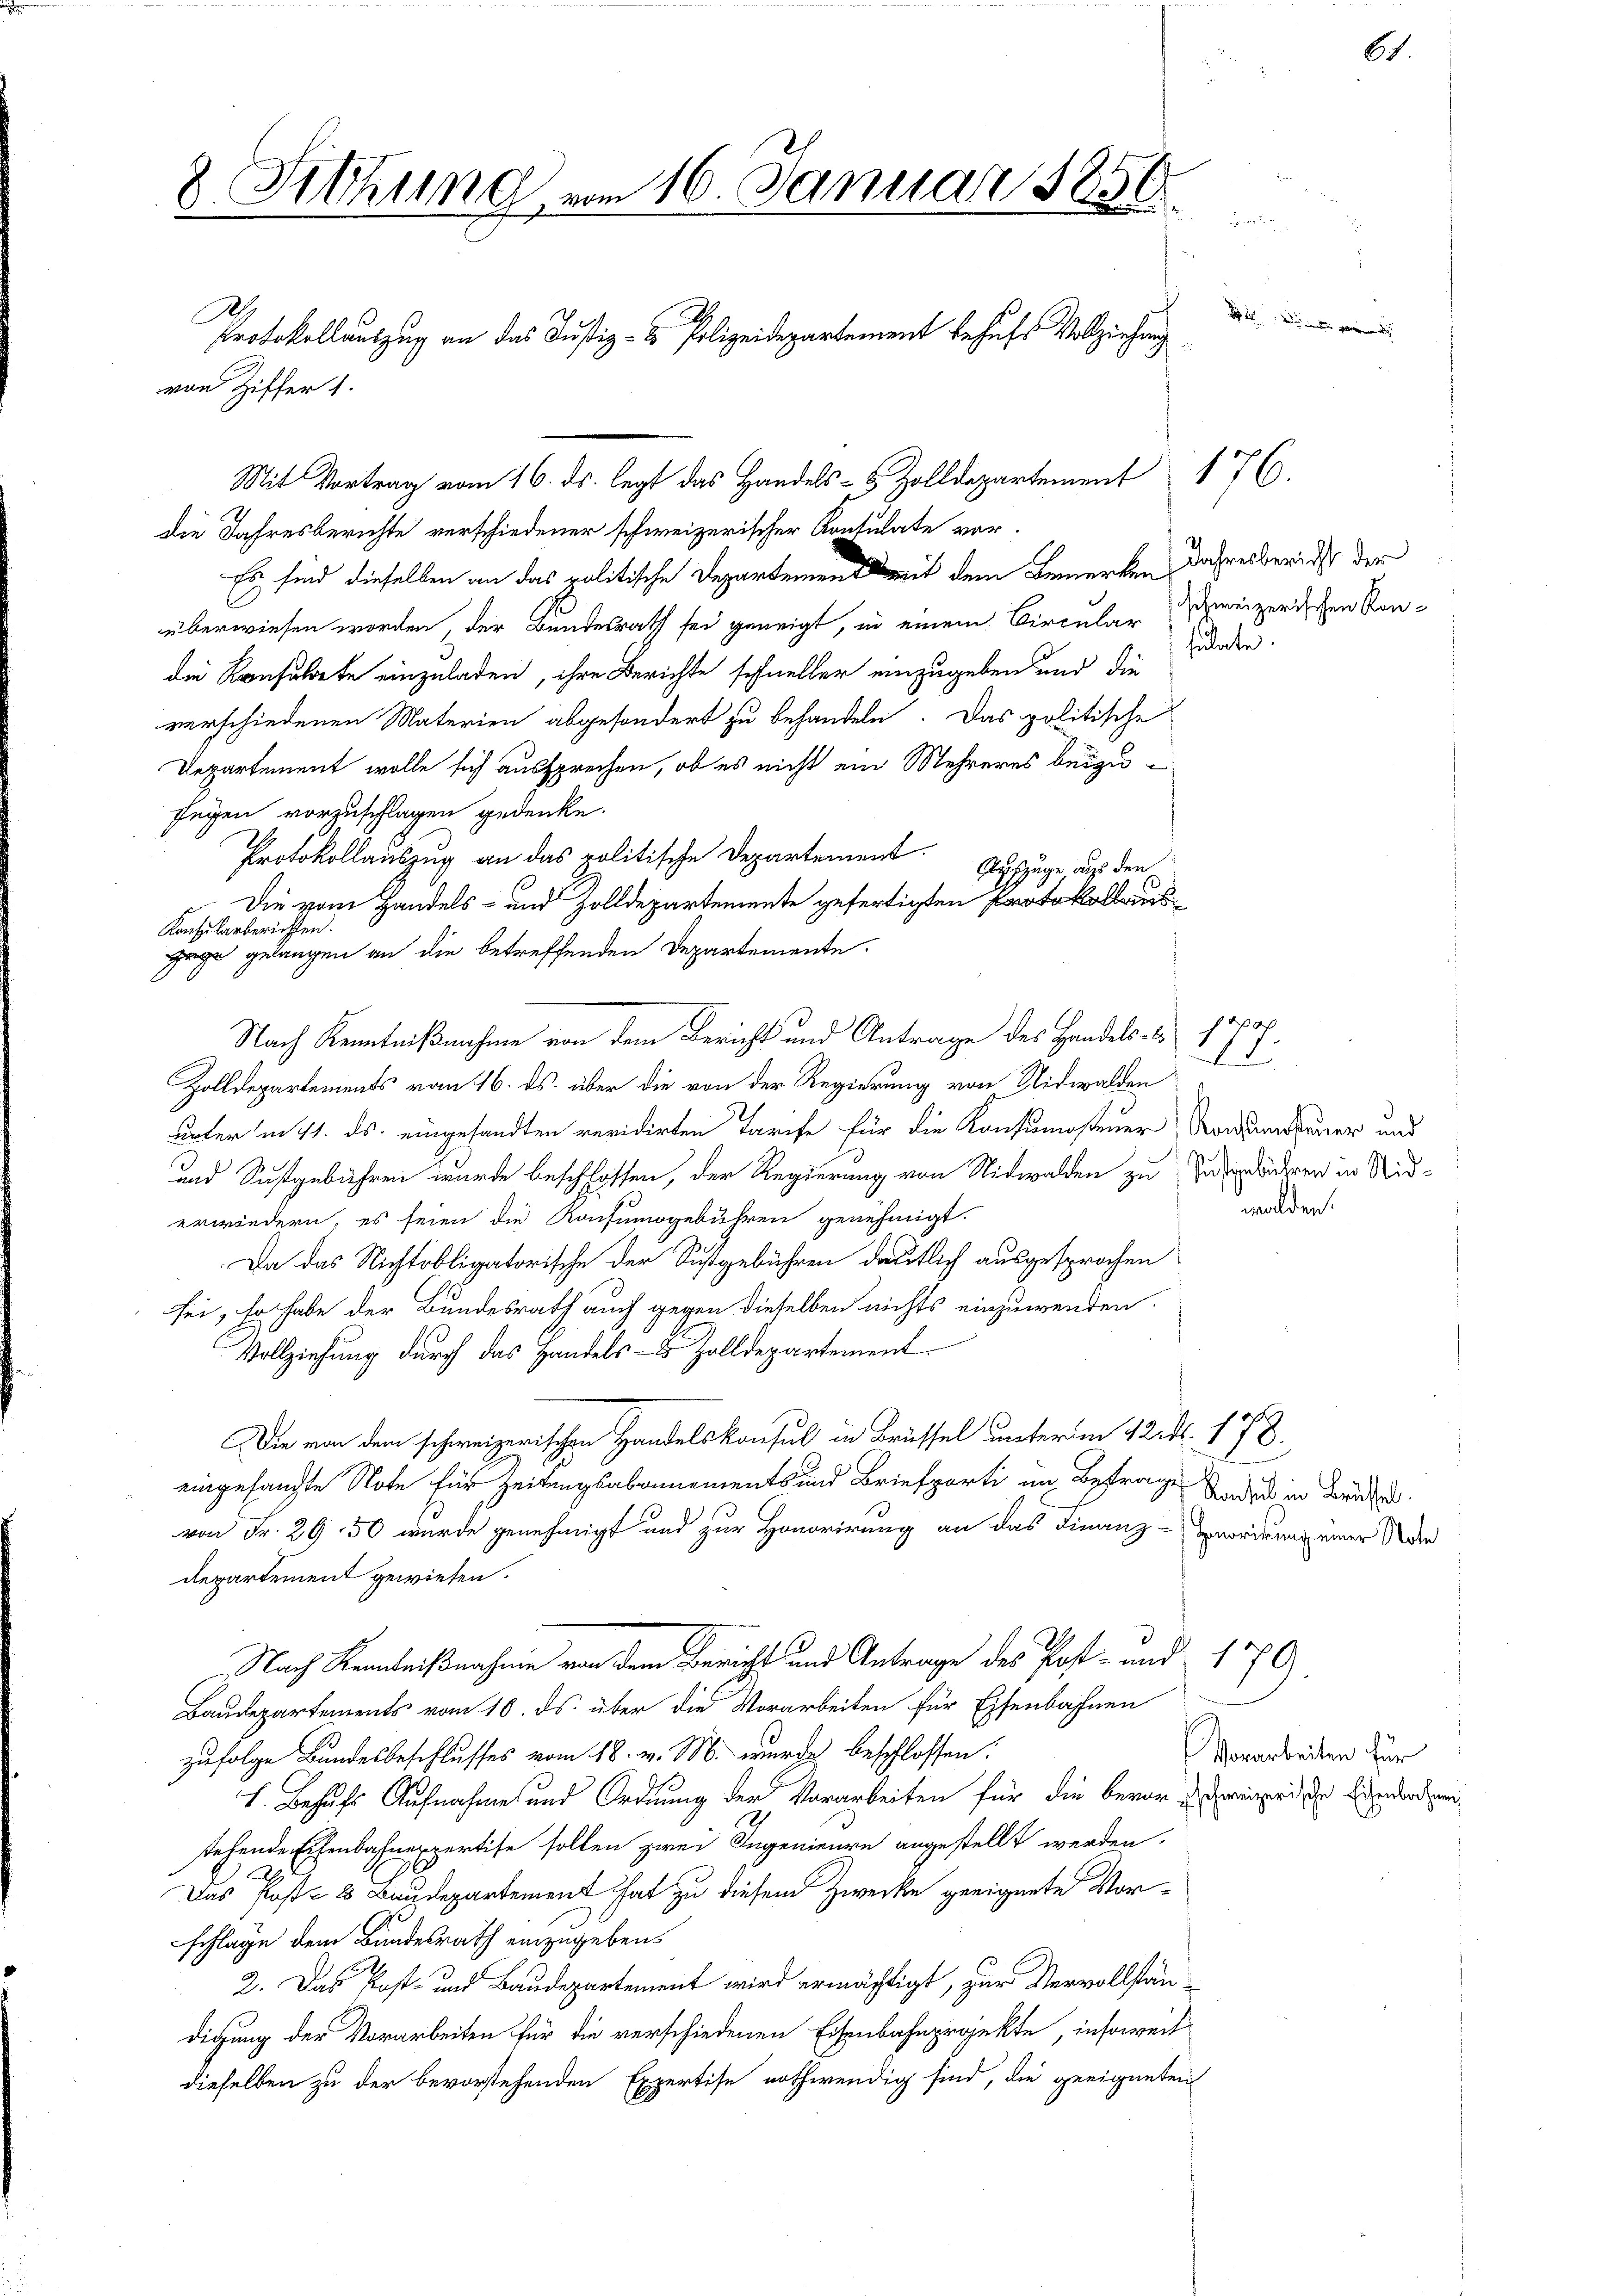
8 Sitzung vom 16. Januar 1856

A

von Ziffer 1.

Protokollauszug an das Justiz- & Polizeidepartement behufs Vollziehung

Mit Vortrag vom 16. ds. legt das Handels- & Zolldepartement
die Jahresberichte verschiedener schweizerischer Konsulate vor¬
Es sind dieselben an das politische Departemen mit dem Bemerken
überwiesen worden, der Bundesrath sei geneigt, in einem Circular
die Konsuldete einzuladen, ihre Berichte schneller einzugeben und die
verschiedenen Materien abgesondert zu behandeln. Das politische
Departement wolle sich aussprechen, ob es nicht ein Mehreres beizufegen vorzuschlagen gedenke.
Protokollauszug an das politische Departement
Auszüge aus den
Die vom Handels- und Zolldepartemente gefertigten Protokollaus
Konsularberichten.
gage gelangen an die betreffenden Departemente.
Zolldepartements vom 16. ds. über die von der Regierung von Nidwalden
unter in 11. ds. eingesandten revidirten Tarife für die Konsumostener Konsumsteuer und
und Sichgebühren wurde beschlossen, der Regierung von Nidwalden zu zu der in Niderwiedern, es seien die Konsumsgebühren genehmigt.
Da das Nichtobligatorische der Sustgebühren deutlich ausgesprochen
sei, so habe der Bundesrath auch gegen dieselben nichts einzuwenden.
Vollziehung durch das Handels- & Zolldepartement
Die von dem schweizerischen Handelskonsul in Brüssel unterm 12. d. 178
eingesangte Note für Zeitungsabonnements und Briefporti im Betrage Indes in Brie
von Fr. 29, 50 wurde genehmigt und zur Honorirung an das Finanz-Zworderung einer Wer
Repartement gewiesen.
Nach Kenntnißnahme von dem Bericht und Antrage des Post- und 1770
Baudepartements vom 10. ds. über die Vorarbeiten für Eisenbahnen
zufolge Bundesbeschlusses vom 18. v. M. wurde beschlossen:
S. Behufs Aufnahme und Ordnung der Vorarbeiten für die bevor sei, die Eigendenden
stehende Eisenbahnexpertise sollen zwei Ingenieure angestellt werden.
Das Post- & Baudepartement hat zu diesem Zwecke geeignete Vorschlage dem Bundesrath einzugeben.
2. Das Post- und Baudepartement wird ermächtigt, zur Vervollständigung der Vorarbeiten für die verschiedenen Eisenbahnprojekte, insoweit
dieselben zu der bevorstehenden Expertise nothwendig sind, die geeigneten

Nach Kenntnißnahme von dem Bericht und Antrage des Handels- &

176.

Jahresbericht der
schweizerischen Konsulate.

A
walden.

af

8

Vorarbeiten für